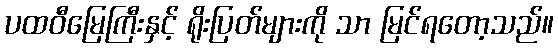
ပထဝီမြေကြီးနှင့် ရိုးပြတ်များကို သာ မြင်ရတော့သည်။